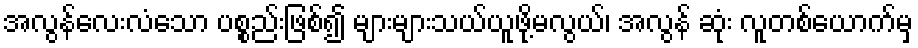
အလွန်လေးလံသော ပစ္စည်းဖြစ်၍ များများသယ်ယူဖို့မလွယ်၊ အလွန် ဆုံး လူတစ်ယောက်မှ